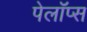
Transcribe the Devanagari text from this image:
पेलॉप्स